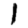
Digit: 1